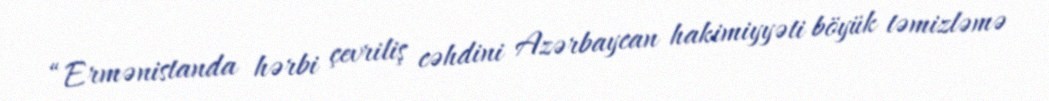
“Ermənistanda hərbi çevriliş cəhdini Azərbaycan hakimiyyəti böyük təmizləmə